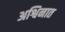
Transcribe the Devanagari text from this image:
अश्विनात